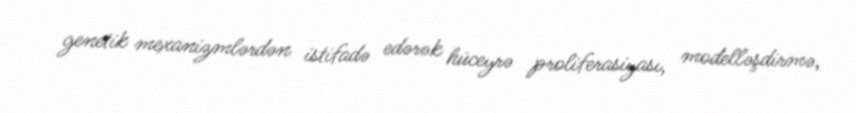
genetik mexanizmlərdən istifadə edərək hüceyrə proliferasiyası, modelləşdirmə,